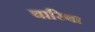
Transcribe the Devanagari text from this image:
बारिबा